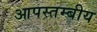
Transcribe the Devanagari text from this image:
आपस्तम्बीय